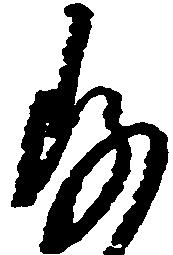
存